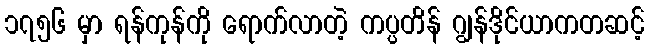
၁၇၅၆ မှာ ရန်ကုန်ကို ရောက်လာတဲ့ ကပ္ပတိန် ဂျွန်ဒိုင်ယာကတဆင့်